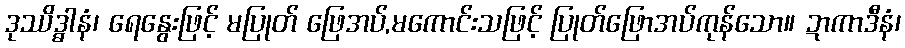
ဒုဿိဒ္ဓါနံ၊ ရေနွေးဖြင့် မပြုတ် ဖြေအပ်,မကောင်းသဖြင့် ပြုတ်ဖြောအပ်ကုန်သော။ ဍာကာဒီနံ၊